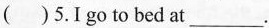
( )5.Igo to bed at ___ .